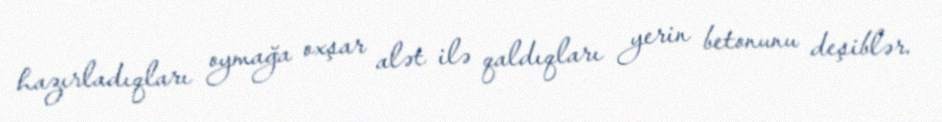
hazırladıqları oymağa oxşar alət ilə qaldıqları yerin betonunu deşiblər.